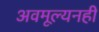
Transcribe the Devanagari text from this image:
अवमूल्यनही